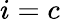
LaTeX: i=c